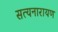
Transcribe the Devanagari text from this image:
सत्‍यनारायण